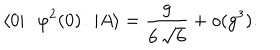
\langle 0 | : \! \varphi ^ { 2 } ( 0 ) \! : | A \rangle = \frac { g } { 6 \, \sqrt { 6 } } + o ( g ^ { 3 } ) .